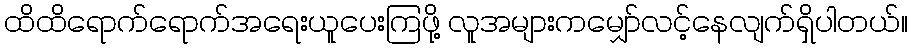
ထိထိရောက်ရောက်အရေးယူပေးကြဖို့ လူအများကမျှော်လင့်နေလျက်ရှိပါတယ်။